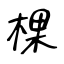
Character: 棵